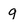
Character: g